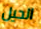
الحيل